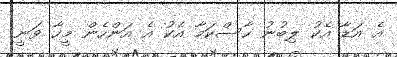
އެ އަޑާ އެކު ލިބުނު ހާސްކަމާ އެކު އެ އަންހެން މީހާ ވަނީ